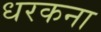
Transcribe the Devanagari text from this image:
धरकना